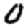
Digit: 0